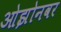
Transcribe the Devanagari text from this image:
ओझोनवर